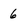
Character: 6